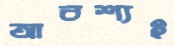
আবশ্যই